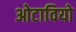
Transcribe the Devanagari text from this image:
ओटावियो